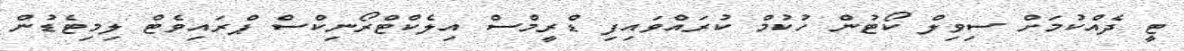
ޓީ ދެއްކުމަށް ސިވިލް ކޯޓުން ހުކުމް ކުރައްވައިފި ޑްރީމްސް އިލެކްޓްރޯނިކްސް ޕްރައިވެޓް ލިމިޓެޑުން